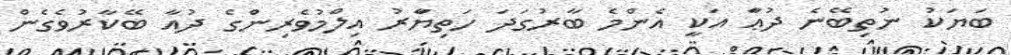
ބަޔަކު ނުތިބޭނެ ދުޢަާ އަކީ އެންމެ ބާރުގަދަ ހަތިޔަަަާރު އިލްމުވެރިންގެ ދުއާ ބޭކާރުވެގެން